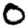
Digit: 0